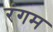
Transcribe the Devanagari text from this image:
रंगम